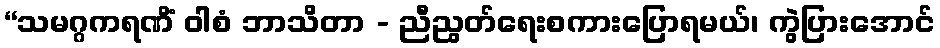
“သမဂ္ဂကရဏိံ ဝါစံ ဘာသိတာ - ညီညွတ်ရေးစကားပြောရမယ်၊ ကွဲပြားအောင်